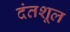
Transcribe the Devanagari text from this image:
दंतशूल